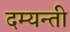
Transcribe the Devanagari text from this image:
दम्यन्ती